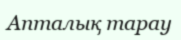
Апталық тарау